Trukikaitis_Postimees, lk 144
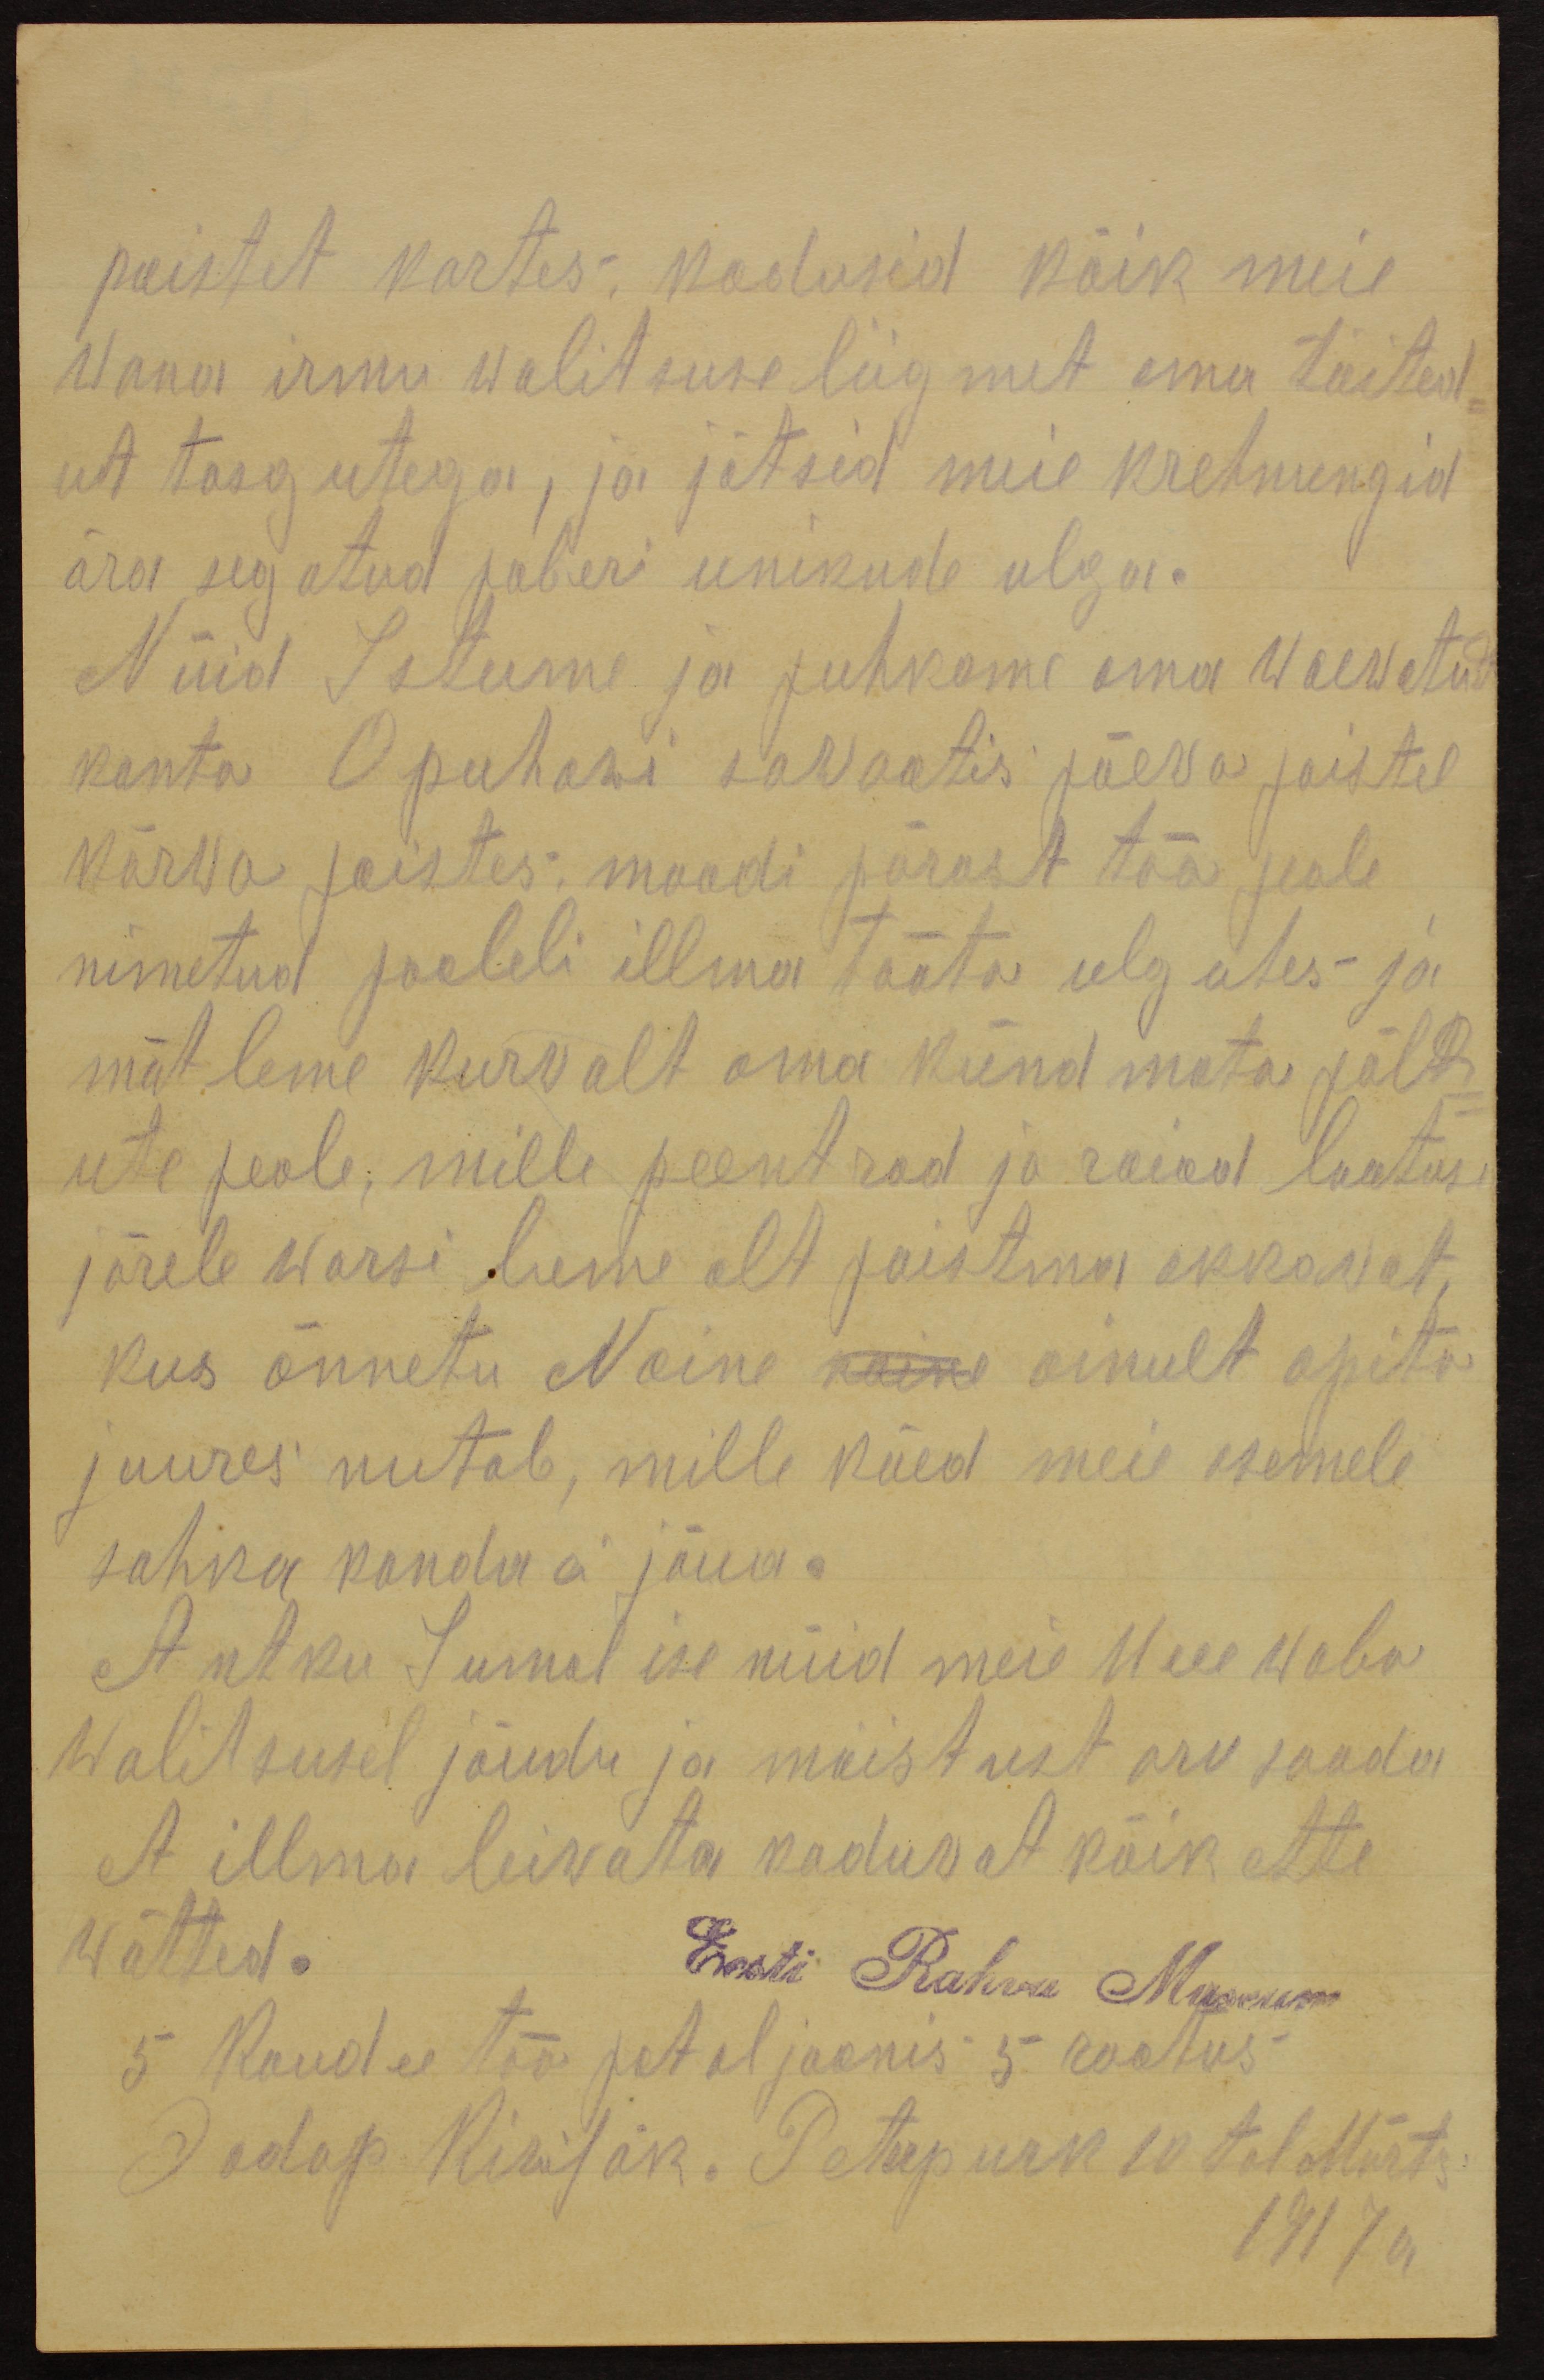
paistet kartes; kadusid kõik meie
Wana irmu walitsuse liigmet oma täited-
ut tasgutega, ja jätsid meie krehnungid
ära segatud paberi unikude ulga.
Nüid Istume ja puhkame oma waewatud
konta O puhawi sarvastis päeva paistel
kärwa paistes. moodi pärast töö peale
nimetud pooleli illma tööta ulgutes ja
mõtleme kurvalt oma kündmata jält
ute peale, mille peentrad ja raiad lootuse
järele warsi lume alt paistma akkavat,
kus õnnetu Naine naine ainult apita
juures nutab, mille käed meie esemele
sahka kanda jõua.
Antku Jumal ise nüid meie Uue waba
Walitsusel jõudu ja mõistust aru saada
et illma leiwata kaduwat kõik ette
wõtted.
Eesti Rahva Museum
5. Roodu töö pataljoonis 5 rootus.
Jodap Kirilõk. Petsepurk 10 tal Märts
1917 a.